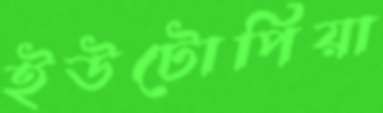
ইউটোপিয়া